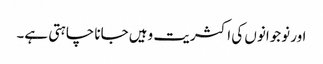
اور نوجوانوں کی اکثریت وہیں جانا چاہتی ہے۔